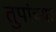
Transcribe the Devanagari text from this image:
तुपांच्या